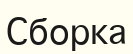
Сборка